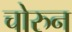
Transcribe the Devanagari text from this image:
चोरुन